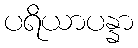
ပရိယာပန္နာ